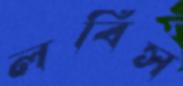
লবিস